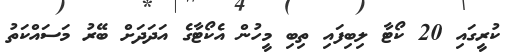
ކުރީގައި 20 ކޯޓާ ލިބިފައި ތިބި މީހުން އެކޯޓާގެ އަދަދަށް ބޭރު މަސައްކަތު